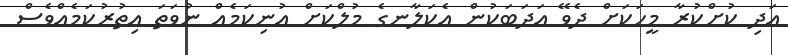
އަދި ކުށްކުރާ މީހަކަށް ދެވޭ އަދަބަކުން އެކަލާނގެ މުލްކަށް އުނިކަމެއް ނުވަތަ އިތުރުކަމެއްވެސް